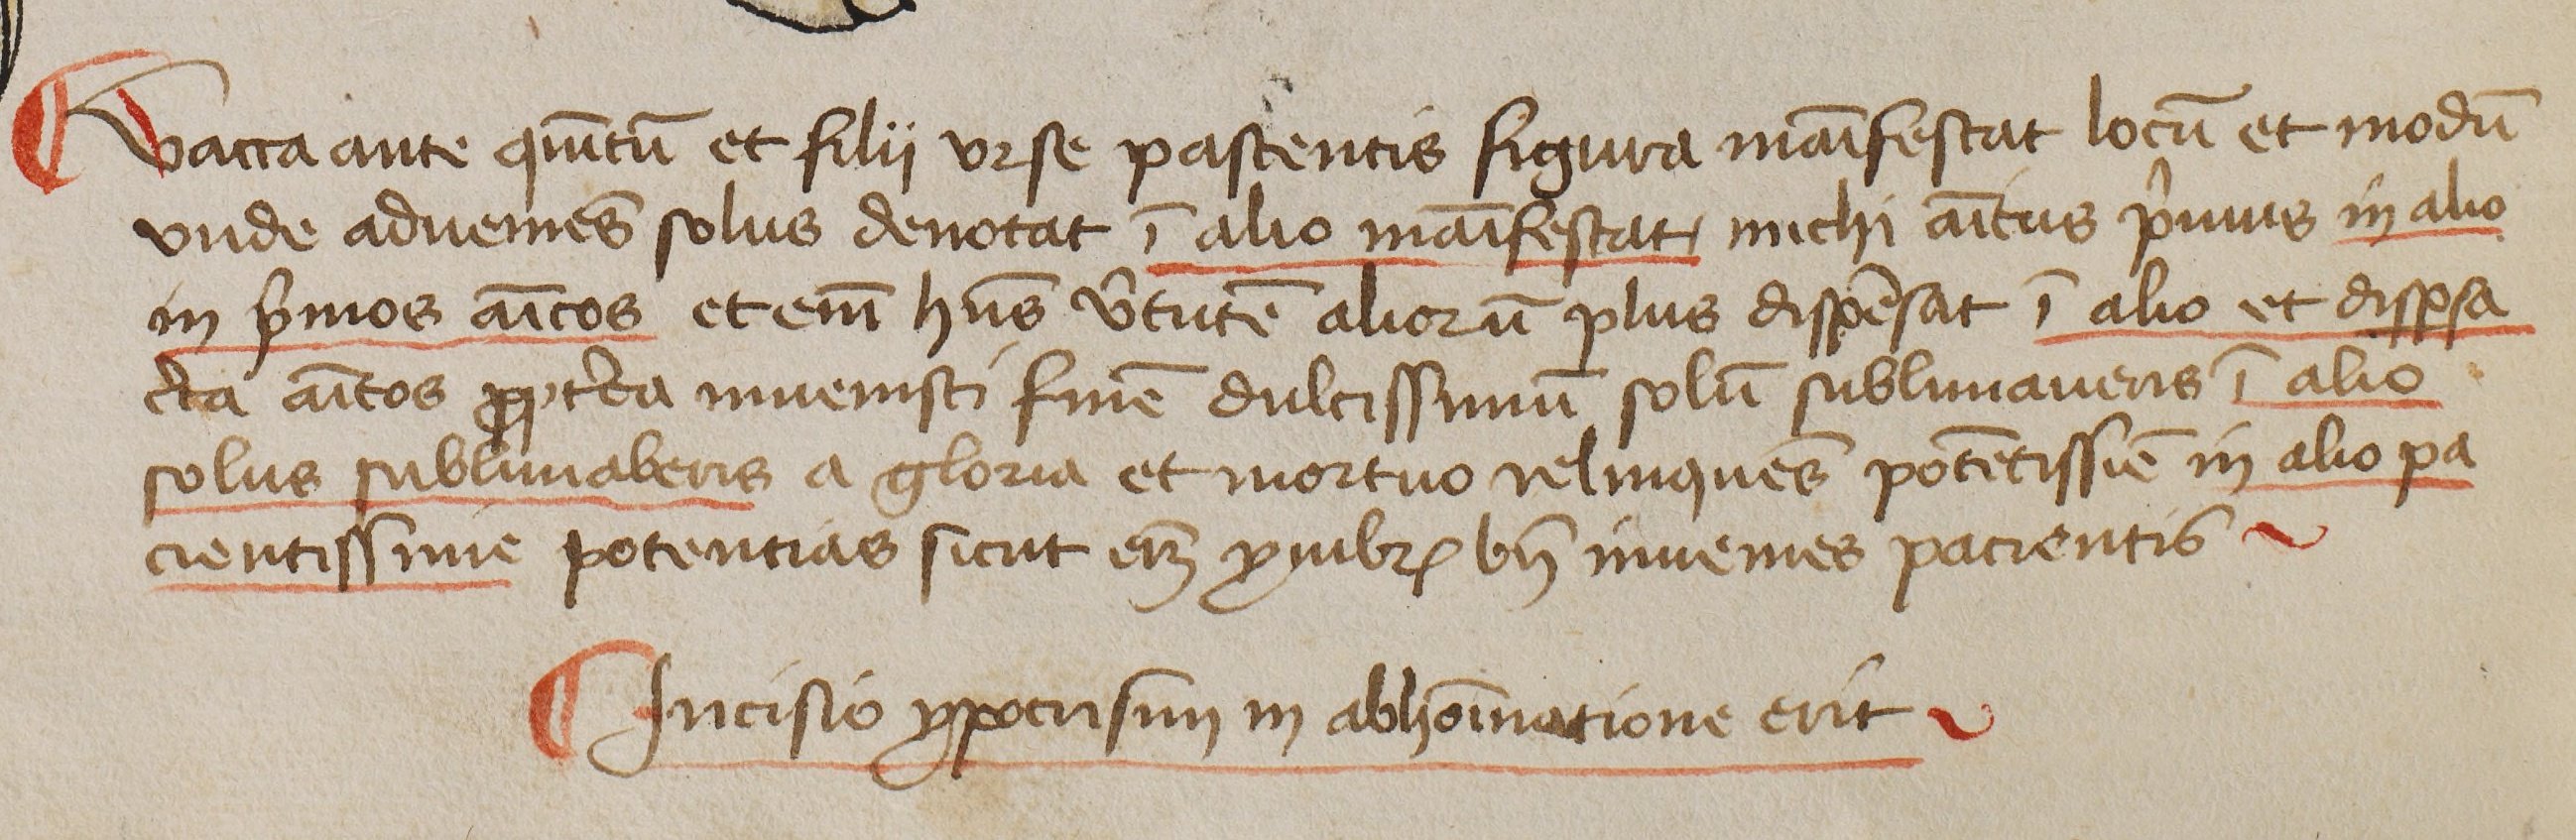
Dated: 1444–1449